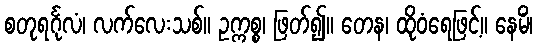
စတုရင်္ဂုလံ၊ လက်လေးသစ်။ ဥက္ကစ္စ၊ ဖြတ်၍။ တေန၊ ထိုဝံရေဖြင့်။ နေမိံ၊